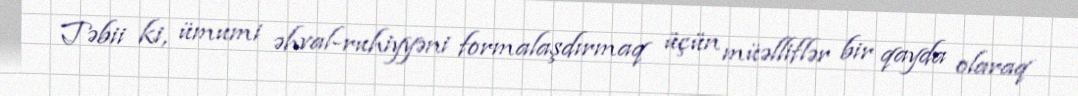
Təbii ki, ümumi əhval-ruhiyyəni formalaşdırmaq üçün müəlliflər bir qayda olaraq